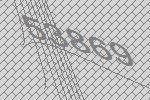
53869